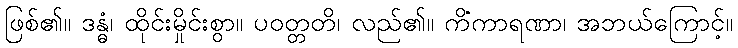
ဖြစ်၏။ ဒန္ဓံ၊ ထိုင်းမှိုင်းစွာ။ ပဝတ္တတိ၊ လည်၏။ ကိံကာရဏာ၊ အဘယ်ကြောင့်။